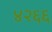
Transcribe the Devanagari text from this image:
४२६६